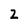
Character: 2